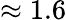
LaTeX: \approx 1.6